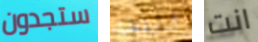
ستجدون أستيقظت انت